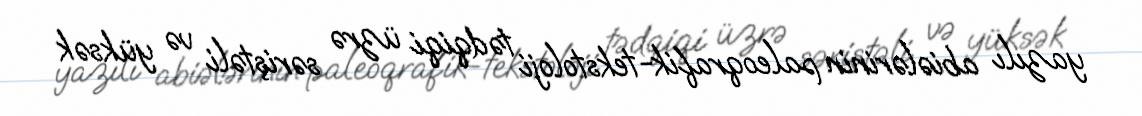
yazılı abiələrinin paleoqrafik-tekstoloji tədqiqi üzrə səriştəli və yüksək